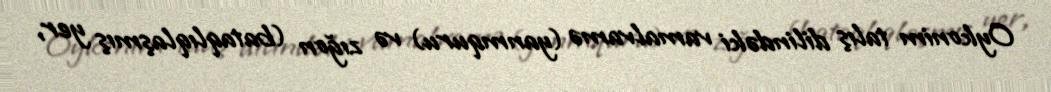
Oykonim talış dilindəki vamalvamə (yanmquru) və zığon (bataqlıqlaşmış yer,